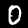
Label: 0